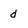
Character: d